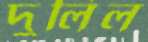
দুলিল